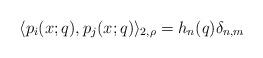
LaTeX: \begin{align*}\langle p_i(x;q),p_j(x;q)\rangle_{2,\rho}=h_n(q)\delta_{n,m}\end{align*}